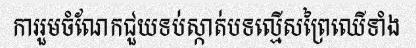
ការរួមចំណែកជួយទប់ស្កាត់បទល្មើសព្រៃឈើទាំង